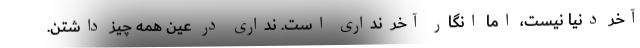
آخر دنیا نیست، اما انگار آخر ِ نداری است. نداری در عین همه چیز داشتن.